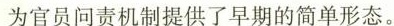
为官员问责机制提供了早期的简单形态。